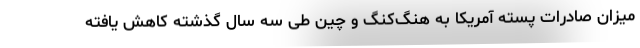
میزان صادرات پسته آمریکا به هنگ‌کنگ و چین طی سه سال گذشته کاهش یافته